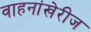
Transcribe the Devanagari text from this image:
वाहनांखेरीज